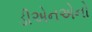
ડીએનએનો